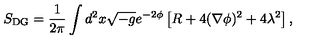
S _ { \mathrm { { D G } } } = \frac { 1 } { 2 \pi } \int \/ d ^ { 2 } x \sqrt { - g } e ^ { - 2 \phi } \left[ R + 4 ( \nabla \phi ) ^ { 2 } + 4 \lambda ^ { 2 } \right] ,